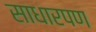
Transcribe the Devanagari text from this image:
साधारपण